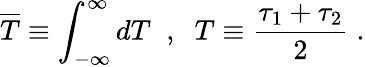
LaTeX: \overline{{{T}}}\equiv\int_{-\infty}^{\infty}dT\; \; ,\; \; T\equiv\frac{\tau_{1}+\tau_{2}}2\; .